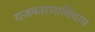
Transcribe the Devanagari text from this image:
राजकारणाशिवाय